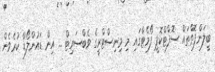
ބީލަންފޮތްތައް ސޮފްޓްކޮޕީ ފޯމެޓްގައި މި މިނިސްޓްރީގެ ވެބްސައިޓް ... އިން ޑައުންލޯޑް ކުރެވެން